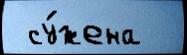
 су́жена